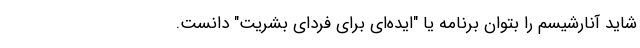
شاید آنارشیسم را بتوان برنامه‌ یا "ایده‌ای برای فردای بشریت" دانست.